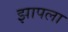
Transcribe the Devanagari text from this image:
झापला